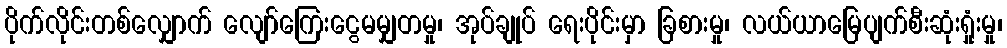
ပိုက်လိုင်းတစ်လျှောက် လျော်ကြေးငွေမမျှတမှု၊ အုပ်ချုပ် ရေးပိုင်းမှာ ခြစားမှု၊ လယ်ယာမြေပျက်စီးဆုံးရှုံးမှု၊